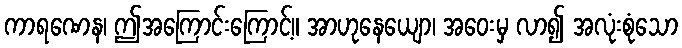
ကာရဏေန၊ ဤအကြောင်းကြောင့်။ အာဟုနေယျော၊ အဝေးမှ လာ၍ အလုံးစုံသော